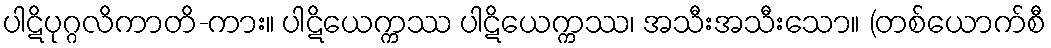
ပါဋိပုဂ္ဂလိကာတိ-ကား။ ပါဋိယေက္ကဿ ပါဋိယေက္ကဿ၊ အသီးအသီးသော။ (တစ်ယောက်စီ